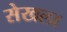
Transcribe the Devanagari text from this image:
सेखला